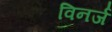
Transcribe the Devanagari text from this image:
विनर्ज